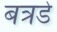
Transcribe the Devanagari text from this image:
बत्रडे